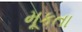
મૂકતા